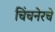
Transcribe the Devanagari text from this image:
चिंचनेरचे